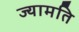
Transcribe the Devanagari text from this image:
ज्यामति